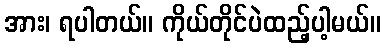
အား၊ ရပါတယ်။ ကိုယ်တိုင်ပဲထည့်ပါ့မယ်။